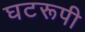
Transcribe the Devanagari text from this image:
घटरूपी